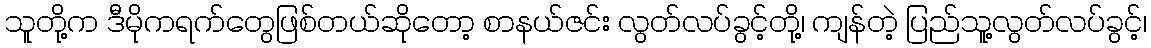
သူတို့က ဒီမိုကရက်တွေဖြစ်တယ်ဆိုတော့ စာနယ်ဇင်း လွတ်လပ်ခွင့်တို့၊ ကျန်တဲ့ ပြည်သူ့လွတ်လပ်ခွင့်၊